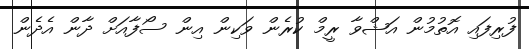
ފުރިފައި އޮތުމުން އަޝްވާ ރީމް ކުރެން ވަކިން އިން ސޯފާއަށް ދާން އެދެން